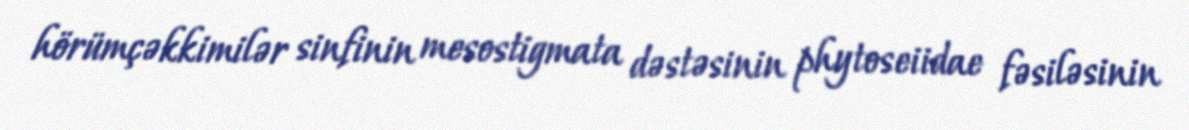
hörümçəkkimilər sinfinin mesostigmata dəstəsinin phytoseiidae fəsiləsinin